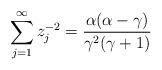
LaTeX: \begin{align*}\sum^{\infty}_{j=1}z_j^{-2}=\frac{\alpha(\alpha-\gamma)}{\gamma^2(\gamma+1)}\end{align*}